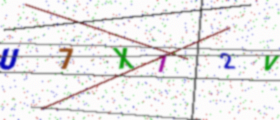
Text: U7X12V